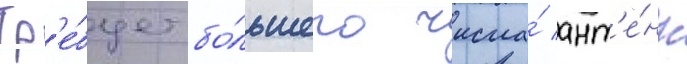
Тр'е́бует бо́льшего числа́ ант'е́нн